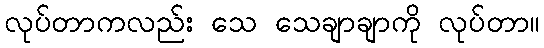
လုပ်တာကလည်း သေ သေချာချာကို လုပ်တာ။